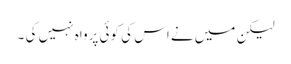
لیکن میں نے اس کی کوئی پرواہ نہیں کی ۔